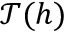
\mathcal { T } ( h )